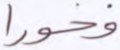
فخورا